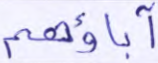
آباؤهم